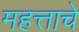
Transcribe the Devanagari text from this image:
महत्ताचे